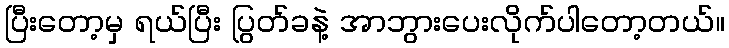
ပြီးတော့မှ ရယ်ပြီး ပြွတ်ခနဲ့ အာဘွားပေးလိုက်ပါတော့တယ်။